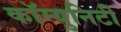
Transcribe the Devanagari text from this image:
कॉम्‍युनिटी